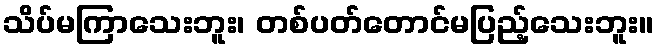
သိပ်မကြာသေးဘူး၊ တစ်ပတ်တောင်မပြည့်သေးဘူး။